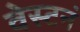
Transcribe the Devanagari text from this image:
वेस्टनं